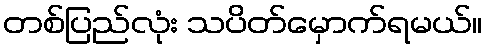
တစ်ပြည်လုံး သပိတ်မှောက်ရမယ်။